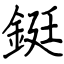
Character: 鋌